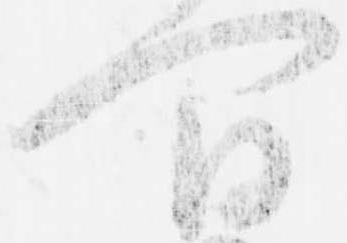
間